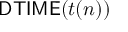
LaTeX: { \mathsf { D T I M E } } ( t ( n ) )